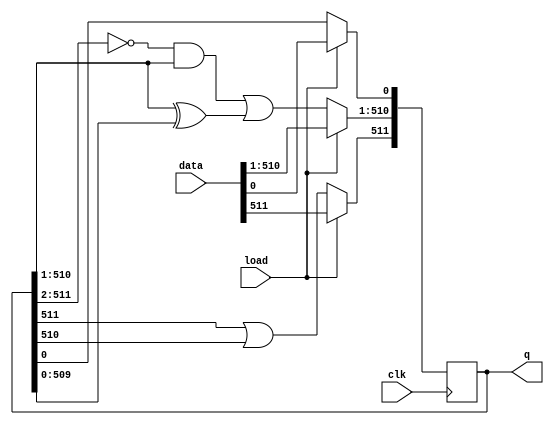
module top_module(
    input clk,
    input load,
    input [511:0] data,
    output [511:0] q
); 
    always@(posedge clk)begin 
        if(load)
            q <= data;
        else begin
            q[510:1] <= (~q[511:2])&q[510:1] | q[510:1]^q[509:0];
            q[0] <= q[0];
            q[511] <= q[511]|q[510];
        end
    end

endmodule